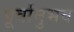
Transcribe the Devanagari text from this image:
पूर्वानुभव